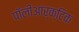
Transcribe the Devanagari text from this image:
पॉलीआर्क्टिक